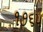
૧૭૬૫